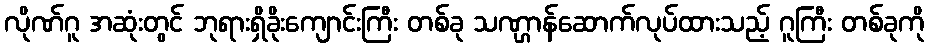
လိုဏ်ဂူ အဆုံးတွင် ဘုရားရှိခိုးကျောင်းကြီး တစ်ခု သဏ္ဌာန်ဆောက်လုပ်ထားသည့် ဂူကြီး တစ်ခုကို